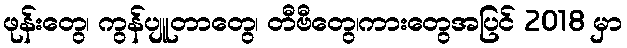
ဖုန်းတွေ၊ ကွန်ပျူတာတွေ၊ တီဗီတွေ၊ကားတွေအပြင် 2018 မှာ